Report on the working of the mental hospitals for Indians in Bihar and Orissa - 1925-1929
Year: 1925
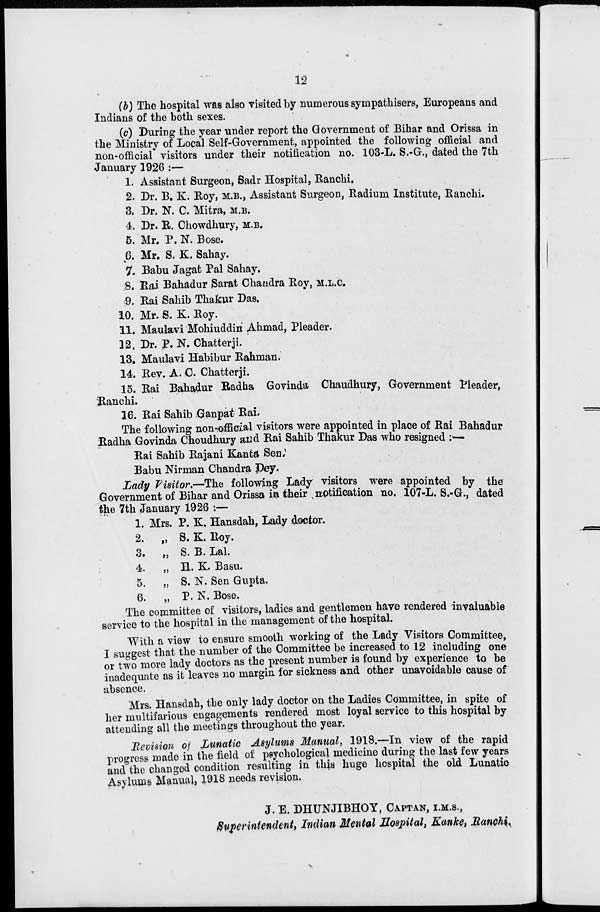
12
(b) The hospital was also visited by numerous sympathisers, Europeans and
Indians of the both sexes.
(c) During the year under report the Government of Bihar and Orissa in
the Ministry of Local Self-Government, appointed the following official and
non-official visitors under their notification no. 103-L. S.-G., dated the 7th
January 1926 :—
1. Assistant Surgeon, Sadr Hospital, Ranchi.
2. Dr. B. K. Roy, M.B., Assistant Surgeon, Radium Institute, Ranchi.
3. Dr. N. C. Mitra, M.B.
4. Dr. R. Chowdhury, M.B.
5. Mr. P. N. Bose.
6. Mr. S. K. Sahay.
7. Babu Jagat Pal Sahay.
8. Rai Bahadur Sarat Chandra Roy, M.L.C.
9. Rai Sahib Thakur Das.
10. Mr. S. K. Roy.
11. Maulavi Mohiuddin Ahmad, Pleader.
12. Dr. P. N. Chatterji.
13. Maulavi Habibur Rahman.
14. Rev. A. C. Chatterji.
15. Rai Bahadur Radha Govinda Chaudhury, Government Pleader,
Ranchi.
16. Rai Sahib Ganpat Rai.
The following non-official visitors were appointed in place of Rai Bahadur
Radha Govinda Choudhury and Rai Sahib Thakur Das who resigned :
Rai Sahib Rajani Kanta Sen.
Babu Nirman Chandra Dey.
Lady Visitor.—The following Lady visitors were appointed by the
Government of Bihar and Orissa in their notification no. 107-L. S.-G., dated
the 7th January 1926 :—
1. Mrs. P. K. Hansdah, Lady doctor.
2. „ S. K. Roy.
3. „ S. B. Lal.
4. „ H. K. Basu.
5. „ S. N. Sen Gupta.
6. „ P. N. Bose.
The committee of visitors, ladies and gentlemen have rendered invaluable
service to the hospital in the management of the hospital.
With a view to ensure smooth working of the Lady Visitors Committee,
I suggest that the number of the Committee be increased to 12 including one
or two more lady doctors as the present number is found by experience to be
inadequate as it leaves no margin for sickness and other unavoidable cause of
absence.
Mrs. Hansdah, the only lady doctor on the Ladies Committee, in spite of
her multifarious engagements rendered most loyal service to this hospital by
attending all the meetings throughout the year.
Revision of Lunatic Asylums Manual, 1918.—In view of the rapid
progress made in the field of psychological medicine during the last few years
and the changed condition resulting in this huge hospital the old Lunatic
Asylums Manual, 1918 needs revision.
J. E. DHUNJIBHOY, CAPTAN, I.M.S.,
Superintendent, Indian Mental Hospital, Kanke, Ranchi.